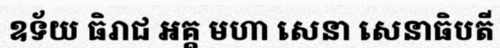
ឧទ័យ ធិរាជ អគ្គ មហា សេនា សេនាធិបតី